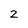
Character: Z